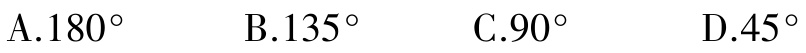
A.$180^{\circ}$  B.$135^{\circ}$  C.$90^{\circ}$  D.$45^{\circ}$